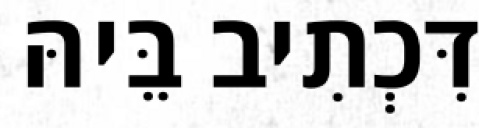
דִּכְתִיב בֵּיהּ